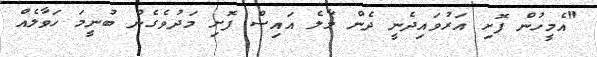
"އެމީހުން ފޮށި އަރުވައިދެނީ ދެން މާލެ އައިސް ފޮށި މަދުވެގެން ބުނީމަ ހަވާލެއް